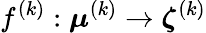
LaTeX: f^{(k)}:\boldsymbol{\mu}^{(k)}\rightarrow\boldsymbol{\zeta}^{(k)}